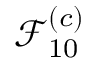
\mathcal { F } _ { 1 0 } ^ { ( c ) }